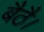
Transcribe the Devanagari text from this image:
बैठै।